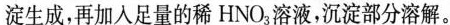
淀生成，再加入足量的稀HNO_{3}溶液，沉淀部分溶解。